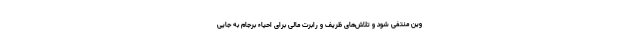
وین منتفی شود و تلاش‌های ظریف و رابرت مالی برای احیاء برجام به جایی